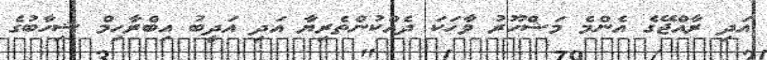
އަދި ރާއްޖޭގެ އެންމެ މަޝްހޫރު ވާހަކަ ދެއްކުންތެރިޔާ އަދި އަދީބު އިބްރާހިމް ޝިހާބުގެ